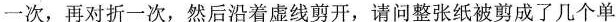
一次，再对折一次，然后沿着虚线剪开，请问整张纸被剪成了几个单